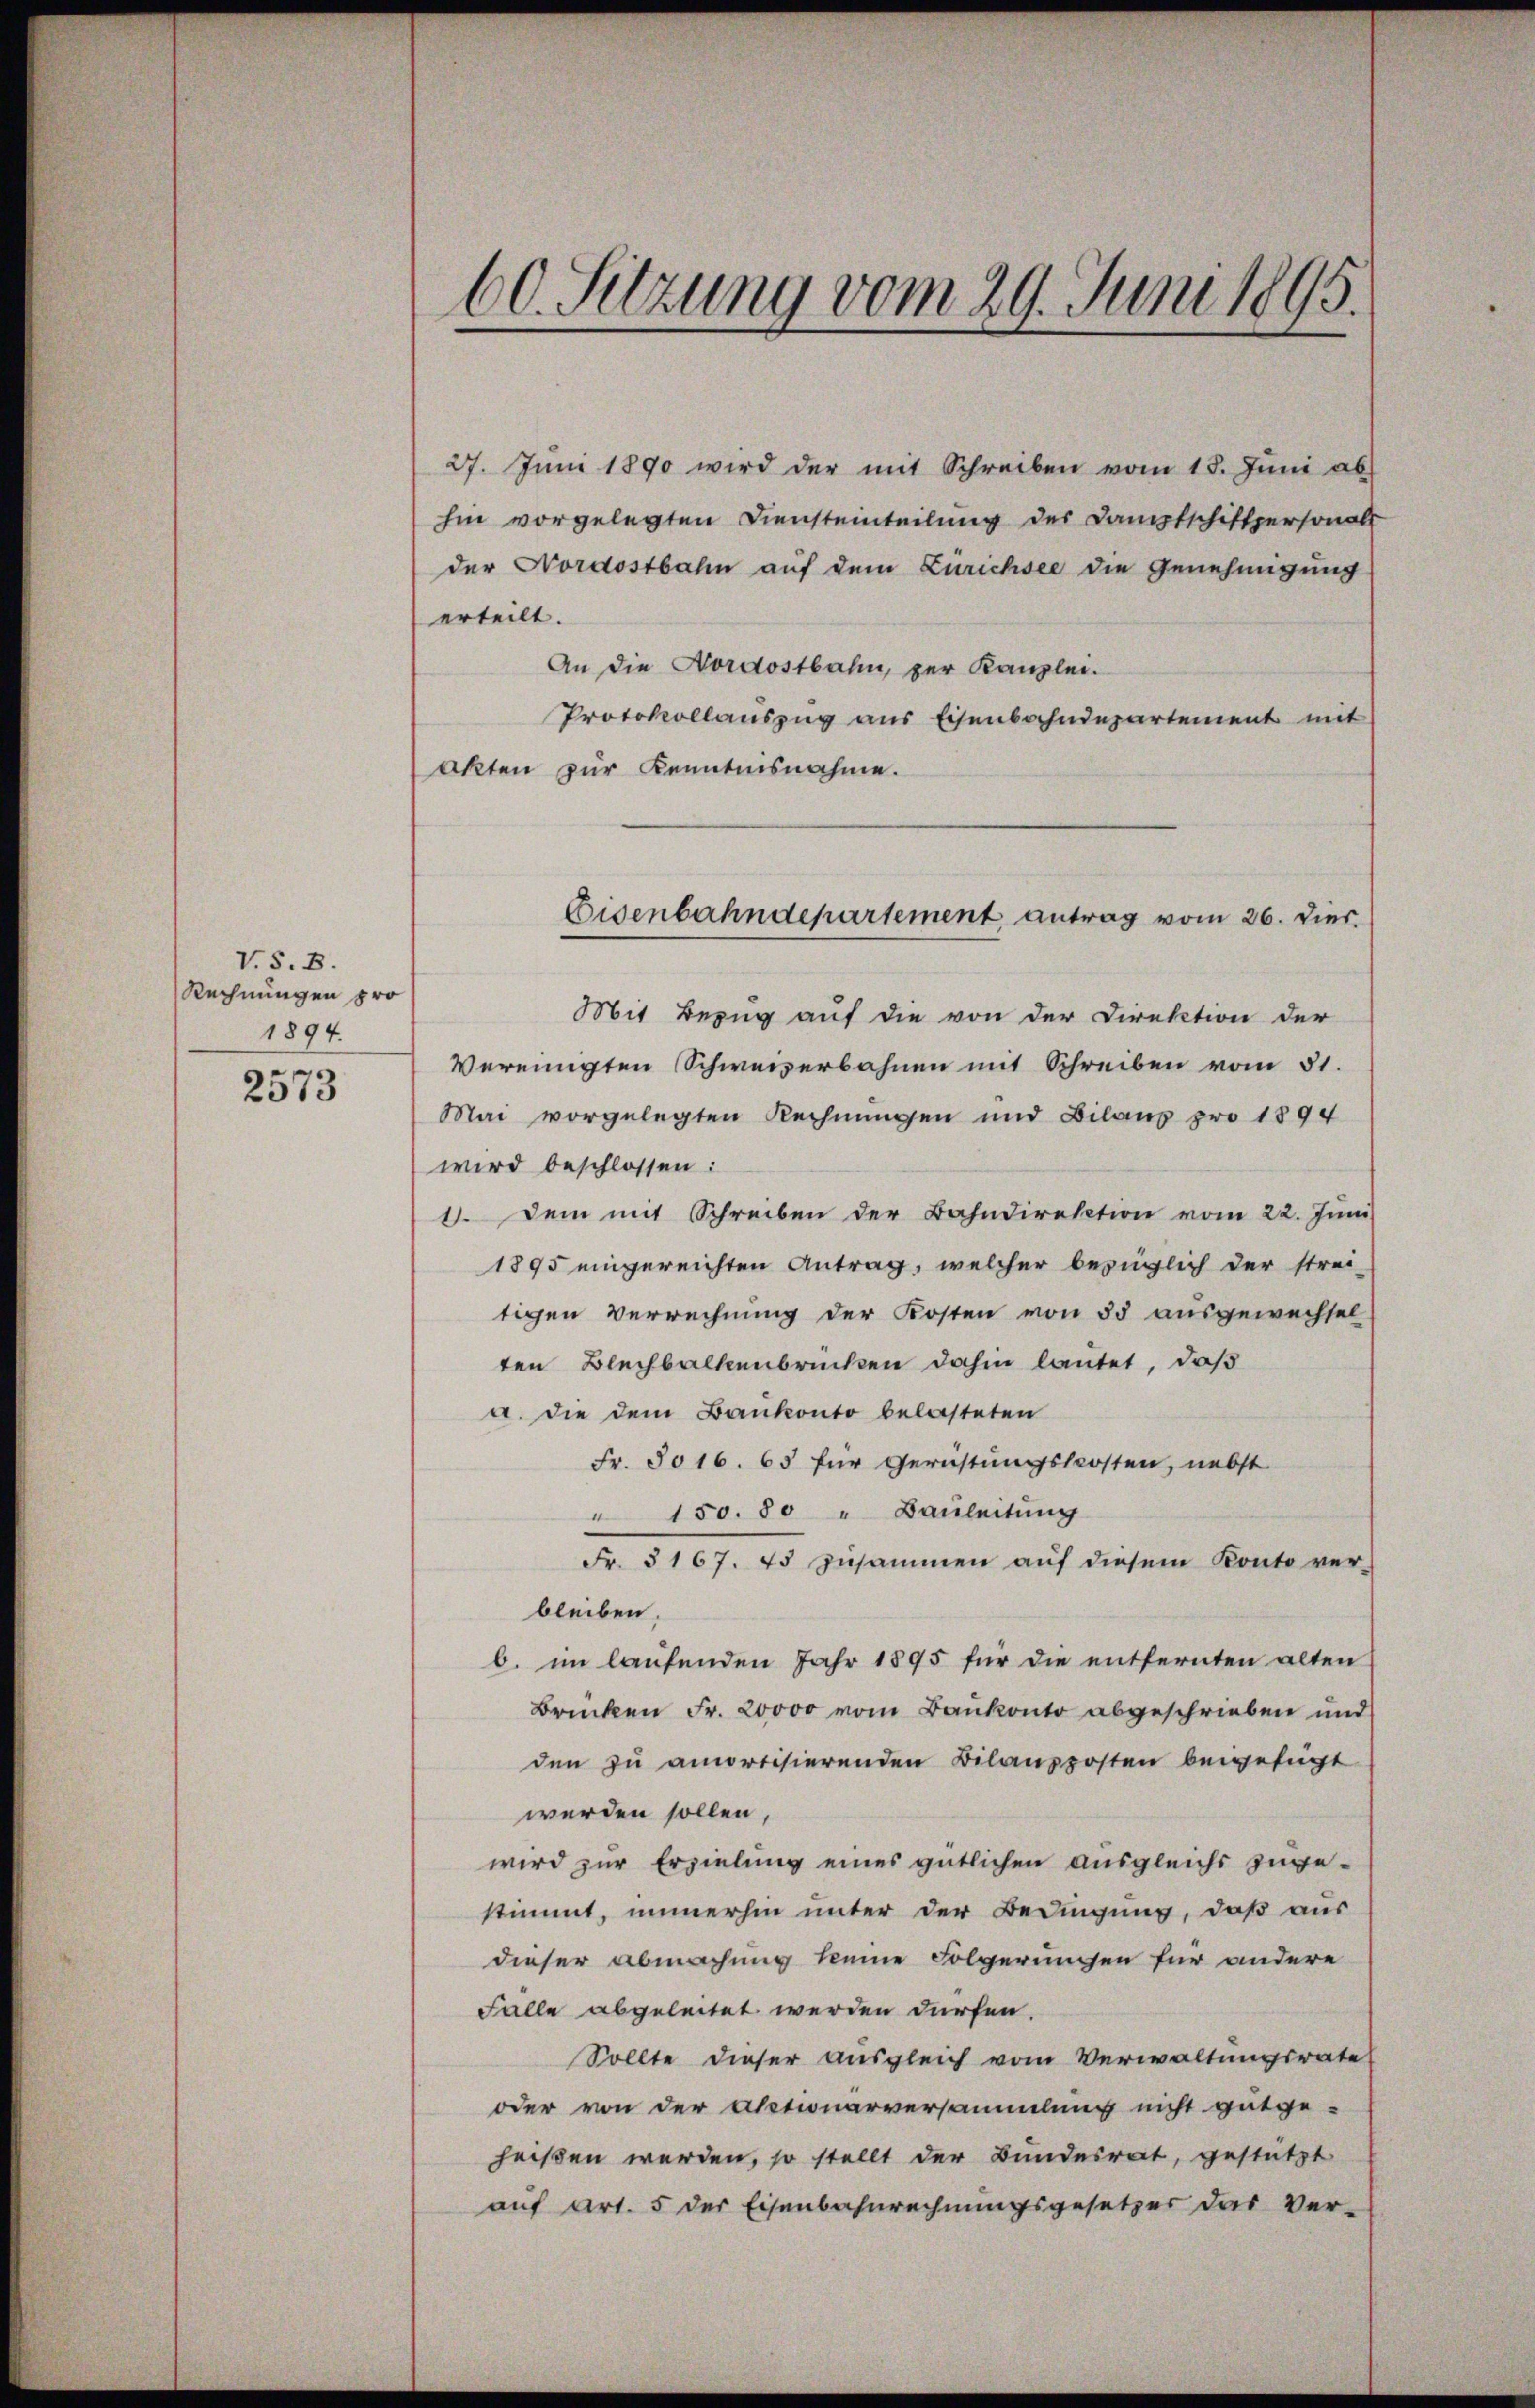
V. S. 8.
Rechnungen pro
1894.

2573

60. Sitzung vom 29. Juni 1895.

27. Jŭni 1890 wird der mit Schreiben vom 18. Juni ab
hin vorgelegten Diensteinteilung des Dampfschittpersonals
der Nordostbahn auf dem Zurichsee die Genehmigung
erteilt.
An die Nordostbahn, zur Kanzlei.
Protokollauszug aus Eisenbahndepartement mit
akten zur Kenntnisnahme.
Mit Bezug auf die von der Direktion der
Vereinigten Schweizerbahnen mit Schreiben vom 31.
Mai vorgelegten Rechnungen und Bilanz pro 1894
wird beschlossen:
8. Dem mit Schreiben der Bahndirektion vom 22. Juni
1895 eingereichten Antrag, welcher bezüglich der strei-
tigen Verrechnung der Kosten von 55 ausgewechsel
ten Blechbalkenbrücken dahin lautet, daß
a. die dem Bankonto belasteten
Fr. 5016. 65 für Gerichtungskosten, nebst
" 150. 80 " Bauleitung
Fr. 3167. 45 zusammen aŭf diesem Konto ver-
bleiben.
b. im laufenden Jahr 1895 für die entfernten alten
Brücken Fr. 20000 vom Bankonto abgeschrieben und
den zu amortisierenden Bilanzposten beigefügt
werden sollen,
wird zur Erzielung eines gütlichen ausgleichs zugestimmt, immerhin unter der Bedingung, daß aus
dieser Abmachung keine Folgerungen für andere
Falle abgeleitet werden dürfen.
Sollte dieser ausgleich vom Verwaltungsrate
oder von der Abstionarversammlung nicht gutge-
heißen werden, so stellt der Bundesrat, gestützt
auf Art. 5 der Eisenbahnrechnungsgesetzer das Ver-

Eisenbahndepartement, antrag vom 26. Dies.